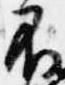
不